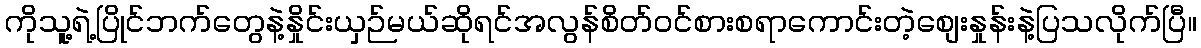
ကိုသူ့ရဲ့ပြိုင်ဘက်တွေနဲ့နှိုင်းယှဉ်မယ်ဆိုရင်အလွန်စိတ်ဝင်စားစရာကောင်းတဲ့စျေးနှုန်းနဲ့ပြသလိုက်ပြီ။